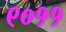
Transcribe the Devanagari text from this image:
९०११